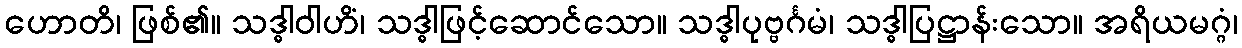
ဟောတိ၊ ဖြစ်၏။ သဒ္ဓါဝါဟိံ၊ သဒ္ဓါဖြင့်ဆောင်သော။ သဒ္ဓါပုဗ္ဗင်္ဂမံ၊ သဒ္ဓါပြဋ္ဌာန်းသော။ အရိယမဂ္ဂံ၊